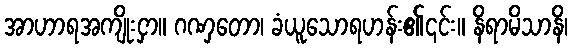
အာဟာရအကျိုးငှာ။ ဂဏှတော၊ ခံယူသောရဟန်း၏၎င်း။ နိရာမိသာနိ၊